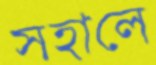
সহালে